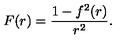
F ( r ) = \frac { 1 - f ^ { 2 } ( r ) } { r ^ { 2 } } .